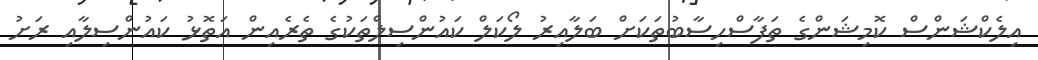
އިލެކްޝަންސް ކޮމިޝަންގެ ތަފާސްހިސާބުތަކަށް ބަލާއިރު ލޯކަލް ކައުންސިލްތަކުގެ ތެރެއިން އަތޮޅު ކައުންސިލާއި ރަށު